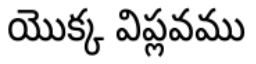
యొక్క విప్లవము